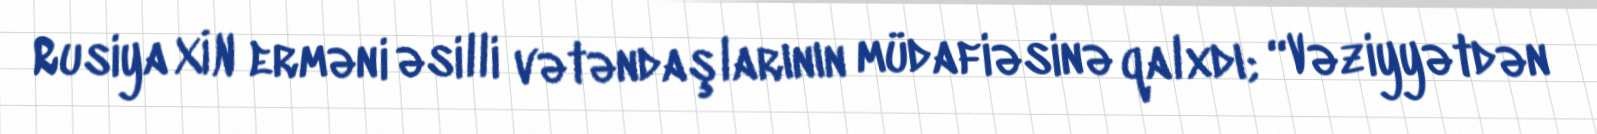
Rusiya XİN erməni əsilli vətəndaşlarının müdafiəsinə qalxdı; “Vəziyyətdən